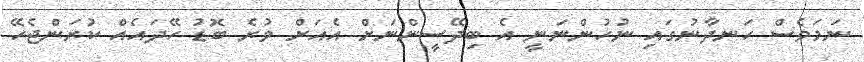
ނަމަވެސް ހަނދާނުގައި ނުހުންނަނީ އެ ބިދޭސީންނަށް އެއަށް ވުރެ ބޮޑު ހޭދައެއް ކުރަންޖެހޭ